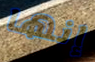
إنها